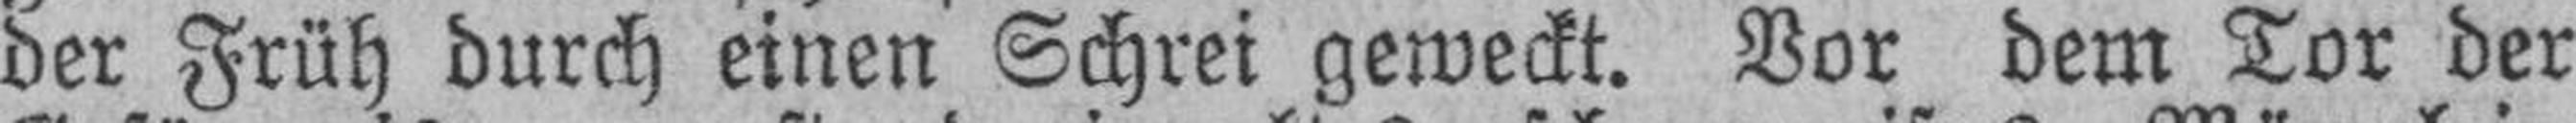
der Früh durch einen Schrei geweckt. Vor dem Tor der